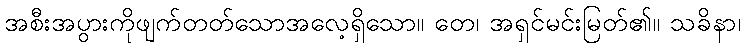
အစီးအပွားကိုဖျက်တတ်သောအလေ့ရှိသော။ တေ၊ အရှင်မင်းမြတ်၏။ သခိနာ၊